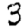
Digit: 3